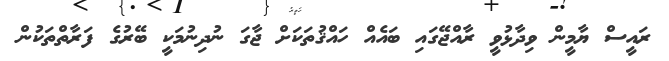
ރައީސް ޔާމީން ވިދާޅުވީ ރާއްޖޭގައި ބައެއް ހައްޤުތަކަށް ޖާގަ ނުދިނުމަކީ ބޭރުގެ ފަރާތްތަކުން